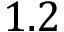
1 . 2